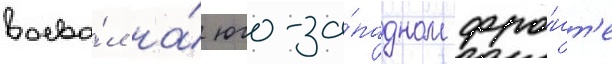
воева́л на́ юго-за́падном фро́нт'е